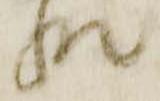
惶